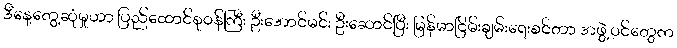
ဒီနေ့တွေ့ဆုံမှုဟာ ပြည်ထောင်စုဝန်ကြီး ဦးအောင်မင်း ဦးဆောင်ပြီး မြန်မာငြိမ်းချမ်းရေးစင်တာ အဖွဲ့ဝင်တွေက